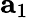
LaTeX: {\mathbf a}_{1}